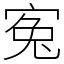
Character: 寃